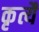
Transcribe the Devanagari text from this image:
कृत्यै